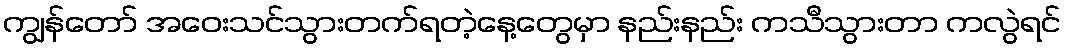
ကျွန်တော် အဝေးသင်သွားတက်ရတဲ့နေ့တွေမှာ နည်းနည်း ကသီသွားတာ ကလွဲရင်